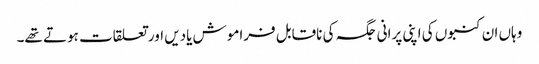
وہاں ان کنبوں کی اپنی پرانی جگہ کی ناقابل فراموش یادیں اور تعلقات ہوتے تھے۔